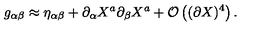
g _ { \alpha \beta } \approx \eta _ { \alpha \beta } + \partial _ { \alpha } X ^ { a } \partial _ { \beta } X ^ { a } + { \cal O } \left( ( \partial X ) ^ { 4 } \right) .